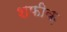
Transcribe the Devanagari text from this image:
शफीक़